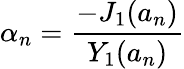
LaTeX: \alpha_{n}=\frac{-J_{1}(a_{n})}{Y_{1}(a_{n})}